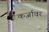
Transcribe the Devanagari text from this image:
कर्जावर